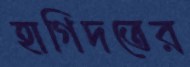
হাগিদতের